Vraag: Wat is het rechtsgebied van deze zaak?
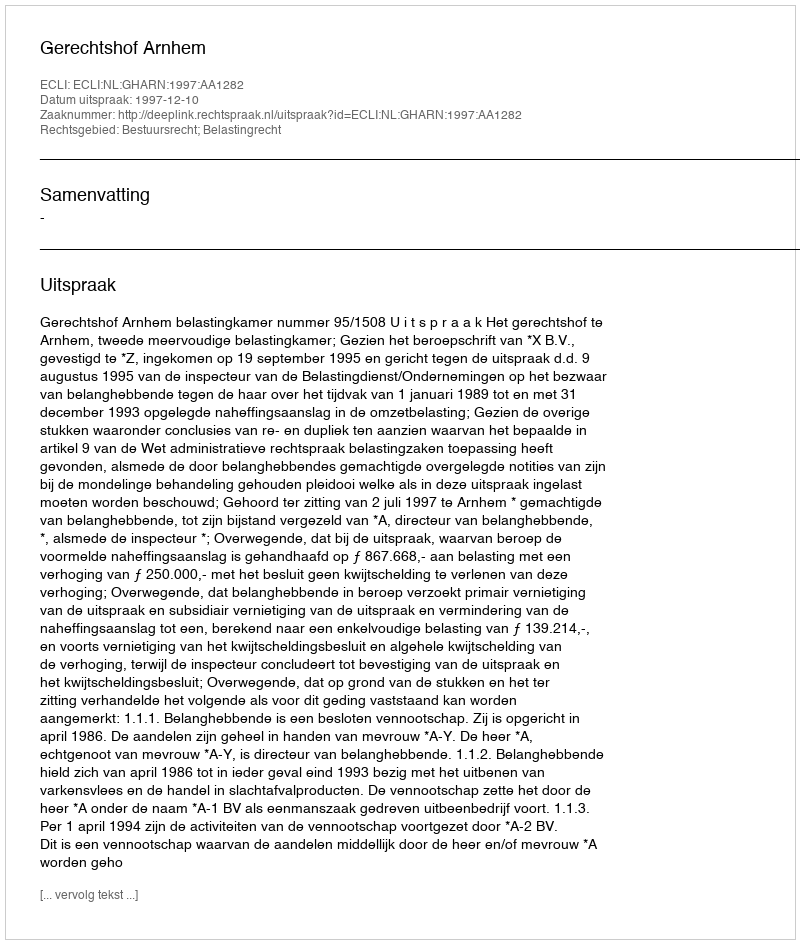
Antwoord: Bestuursrecht; Belastingrecht